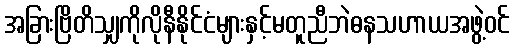
အခြားဗြိတိသျှကိုလိုနီနိုင်ငံများနှင့်မတူညီဘဲဓနသဟာယအဖွဲ့ဝင်